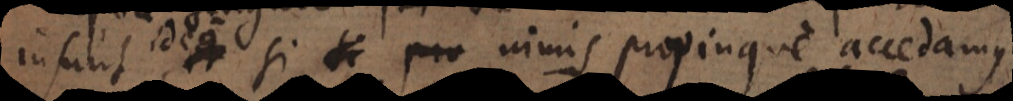
insunt, et si pro nimis propinque accedamus